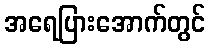
အရေပြားအောက်တွင်